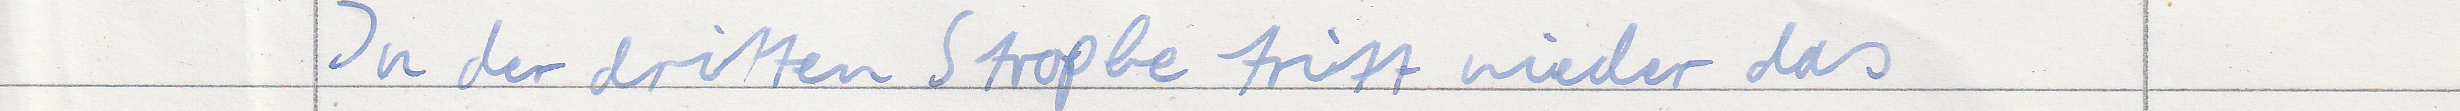
In der dritten Strophe tritt wieder das